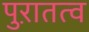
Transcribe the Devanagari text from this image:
पुऱातत्व